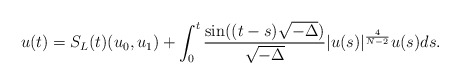
\begin{align*}u(t) = S_L(t)(u_0,u_1) + \int_0^t \frac{\sin((t-s)\sqrt{-\Delta})}{\sqrt{-\Delta}} |u(s)|^{\frac{4}{N-2}}u(s) ds. \end{align*}